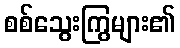
စစ်သွေးကြွများ၏